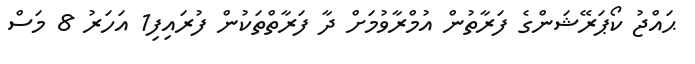
ޙައްޖު ކޯޕަރޭޝަންގެ ފަރާތުން އުމްރާވުމަށް ދާ ފަރާތްތަކުން ފުރައިފި1 އަހަރު 8 މަސް